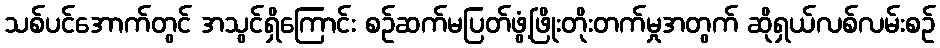
သစ်ပင်အောက်တွင် အသွင်ရှိကြောင်း စဉ်ဆက်မပြတ်ဖွံ့ဖြိုးတိုးတက်မှုအတွက် ဆိုရှယ်လစ်လမ်းစဉ်